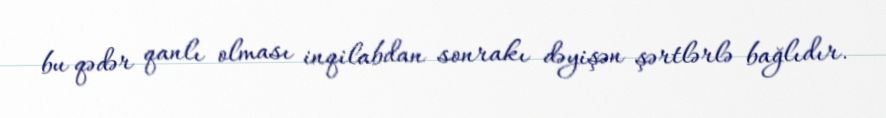
bu qədər qanlı olması inqilabdan sonrakı dəyişən şərtlərlə bağlıdır.